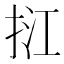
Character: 𢬥